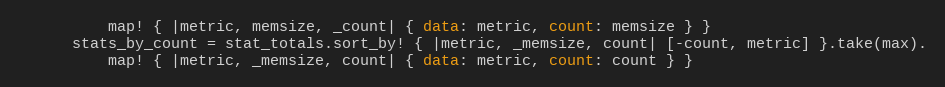
Language: Ruby
          map! { |metric, memsize, _count| { data: metric, count: memsize } }
      stats_by_count = stat_totals.sort_by! { |metric, _memsize, count| [-count, metric] }.take(max).
          map! { |metric, _memsize, count| { data: metric, count: count } }